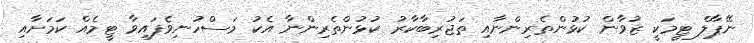
ނޭޕާލް ޓީމަކީ ޒުވާން ކުޅުންތެރިންނާއި ތަޖުރިބާކާރު ކުޅުންތެރިންނާ އެކު މަސްހުނިވެފައިވާ ޓީމެއް ކަމަށާއި